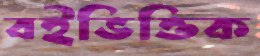
বইভিত্তিক